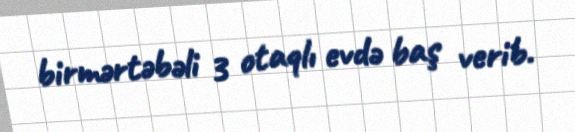
birmərtəbəli 3 otaqlı evdə baş verib.